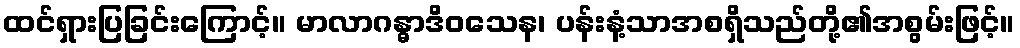
ထင်ရှားပြခြင်းကြောင့်။ မာလာဂန္ဓာဒိဝသေန၊ ပန်းနံ့သာအစရှိသည်တို့၏အစွမ်းဖြင့်။